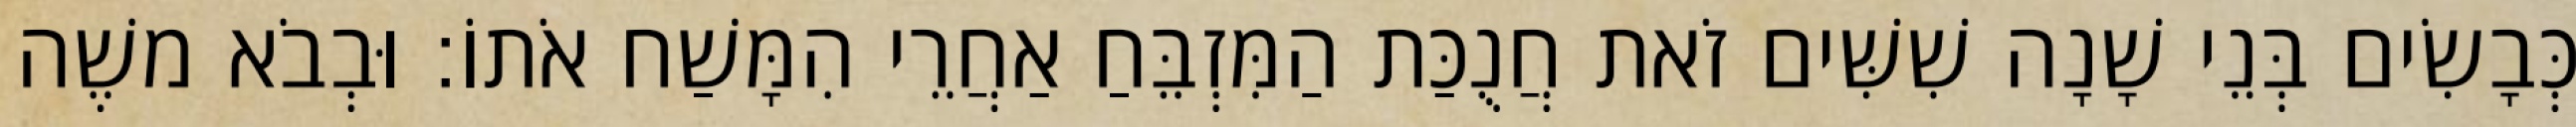
כְּבָשִׂים בְּנֵי שָׁנָה שִׁשִּׁים זֹאת חֲנֻכַּת הַמִּזְבֵּחַ אַחֲרֵי הִמָּשַׁח אֹתוֹ׃ וּבְבֹא משֶׁה